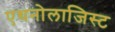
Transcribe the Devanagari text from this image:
एथनोलाजिस्ट